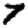
Digit: 7